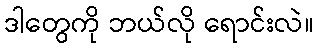
ဒါတွေကို ဘယ်လို ရောင်းလဲ။